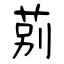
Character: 莂